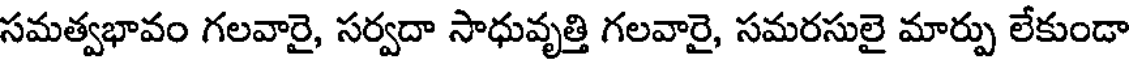
సమత్వభావం గలవారై, సర్వదా సాధువృత్తి గలవారై, సమరసులై మార్పు లేకుండా